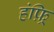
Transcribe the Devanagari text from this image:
हंफ़्रि